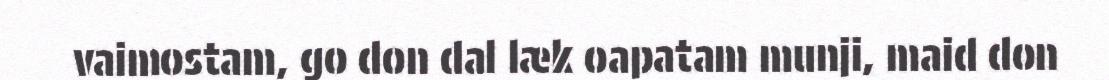
vaimostam, go don dal læk oapatam munji, maid don